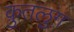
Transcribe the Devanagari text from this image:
क़ुतलुग़